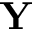
\mathbf { Y }